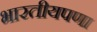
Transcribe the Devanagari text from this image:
भारतीयपणा